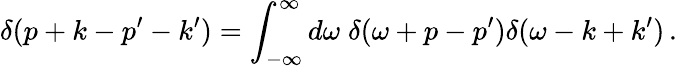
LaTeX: \delta(p+k-p^{\prime}-k^{\prime})=\int_{-\infty}^{\infty}d\omega\; \delta(\omega+p-p^{\prime})\delta(\omega-k+k^{\prime})\, .